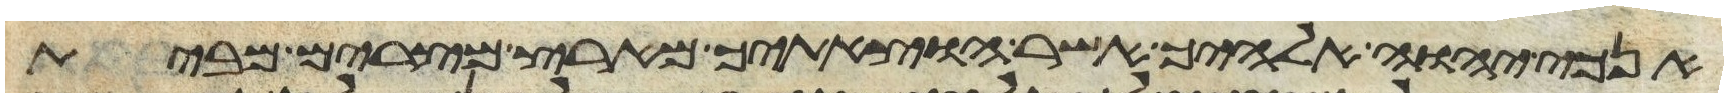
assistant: אנכי יהוה אלהיך אשר הוצאתיך מארץ מצרים מבית